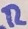
Text: R